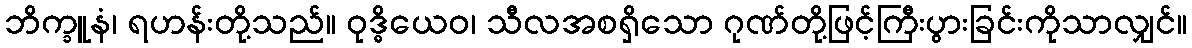
ဘိက္ခူနံ၊ ရဟန်းတို့သည်။ ဝုဒ္ဓိယေဝ၊ သီလအစရှိသော ဂုဏ်တို့ဖြင့်ကြီးပွားခြင်းကိုသာလျှင်။